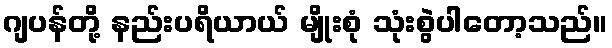
ဂျပန်တို့ နည်းပရိယာယ် မျိုးစုံ သုံးစွဲပါတော့သည်။